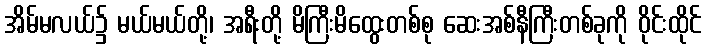
အိမ်မလယ်၌ မယ်မယ်တို့၊ အရီးတို့ မိကြီးမိထွေးတစ်စု ဆေးအစ်နီကြီးတစ်ခုကို ဝိုင်းထိုင်